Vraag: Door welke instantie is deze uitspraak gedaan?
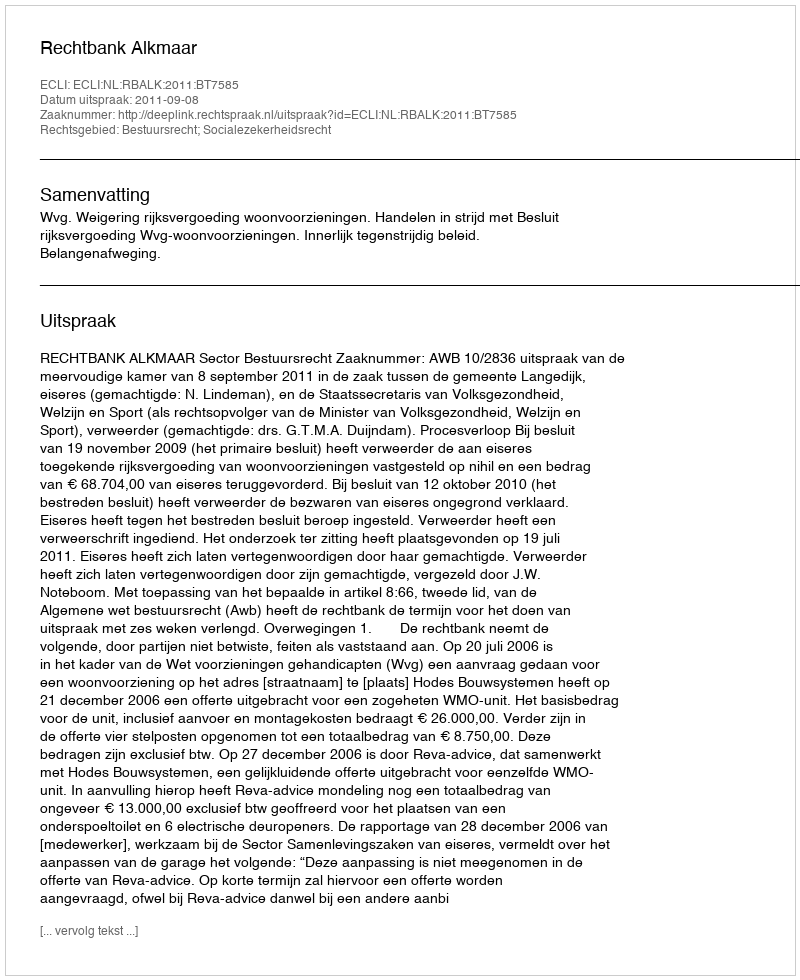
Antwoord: Rechtbank Alkmaar